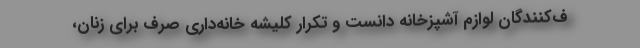
ف‌کنندگان لوازم آشپزخانه دانست و تکرار کلیشه خانه‌داری صرف برای زنان،